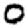
Digit: 0